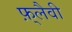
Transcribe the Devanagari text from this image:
फ़्लैवी